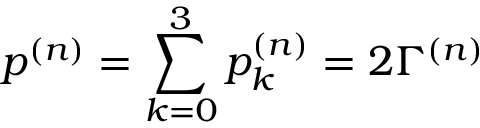
p ^ { ( n ) } = \sum _ { k = 0 } ^ { 3 } p _ { k } ^ { ( n ) } = 2 \Gamma ^ { ( n ) }